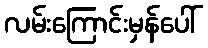
လမ်းကြောင်းမှန်ပေါ်